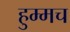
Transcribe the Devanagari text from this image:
हुम्मच